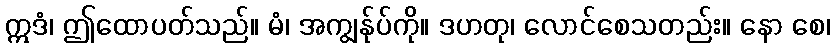
ဣဒံ၊ ဤထောပတ်သည်။ မံ၊ အကျွန်ုပ်ကို။ ဒဟတု၊ လောင်စေသတည်း။ နော စေ၊